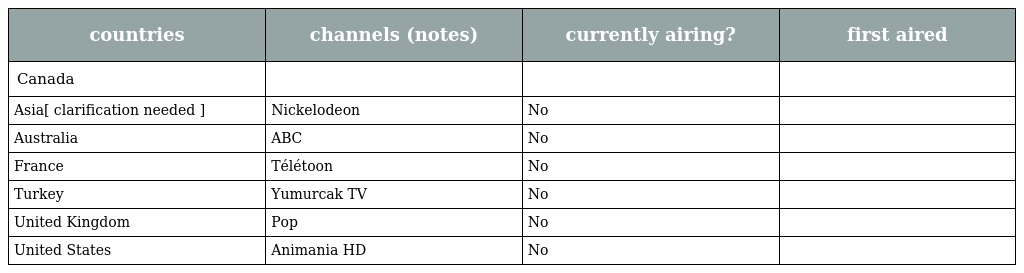
| countries | channels (notes) | currently airing? | first aired |
 | --- | --- | --- | --- |
 | Canada |  |  |  |
 | Asia[ clarification needed ] | Nickelodeon | No |  |
 | Australia | ABC | No |  |
 | France | Télétoon | No |  |
 | Turkey | Yumurcak TV | No |  |
 | United Kingdom | Pop | No |  |
 | United States | Animania HD | No |  |